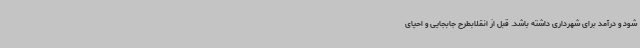
شود و درآمد برای شهرداری داشته باشد. قبل از انقلابطرح جابجایی و احیای